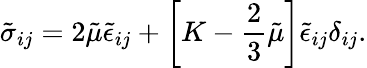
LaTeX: \tilde{\sigma}_{ij}=2\tilde{\mu}\tilde{\epsilon}_{ij}+\left[K-\frac{2}{3}\tilde{\mu}\right]\tilde{\epsilon}_{ij}\delta_{ij}.